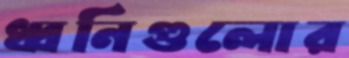
ধ্বনিগুলোর